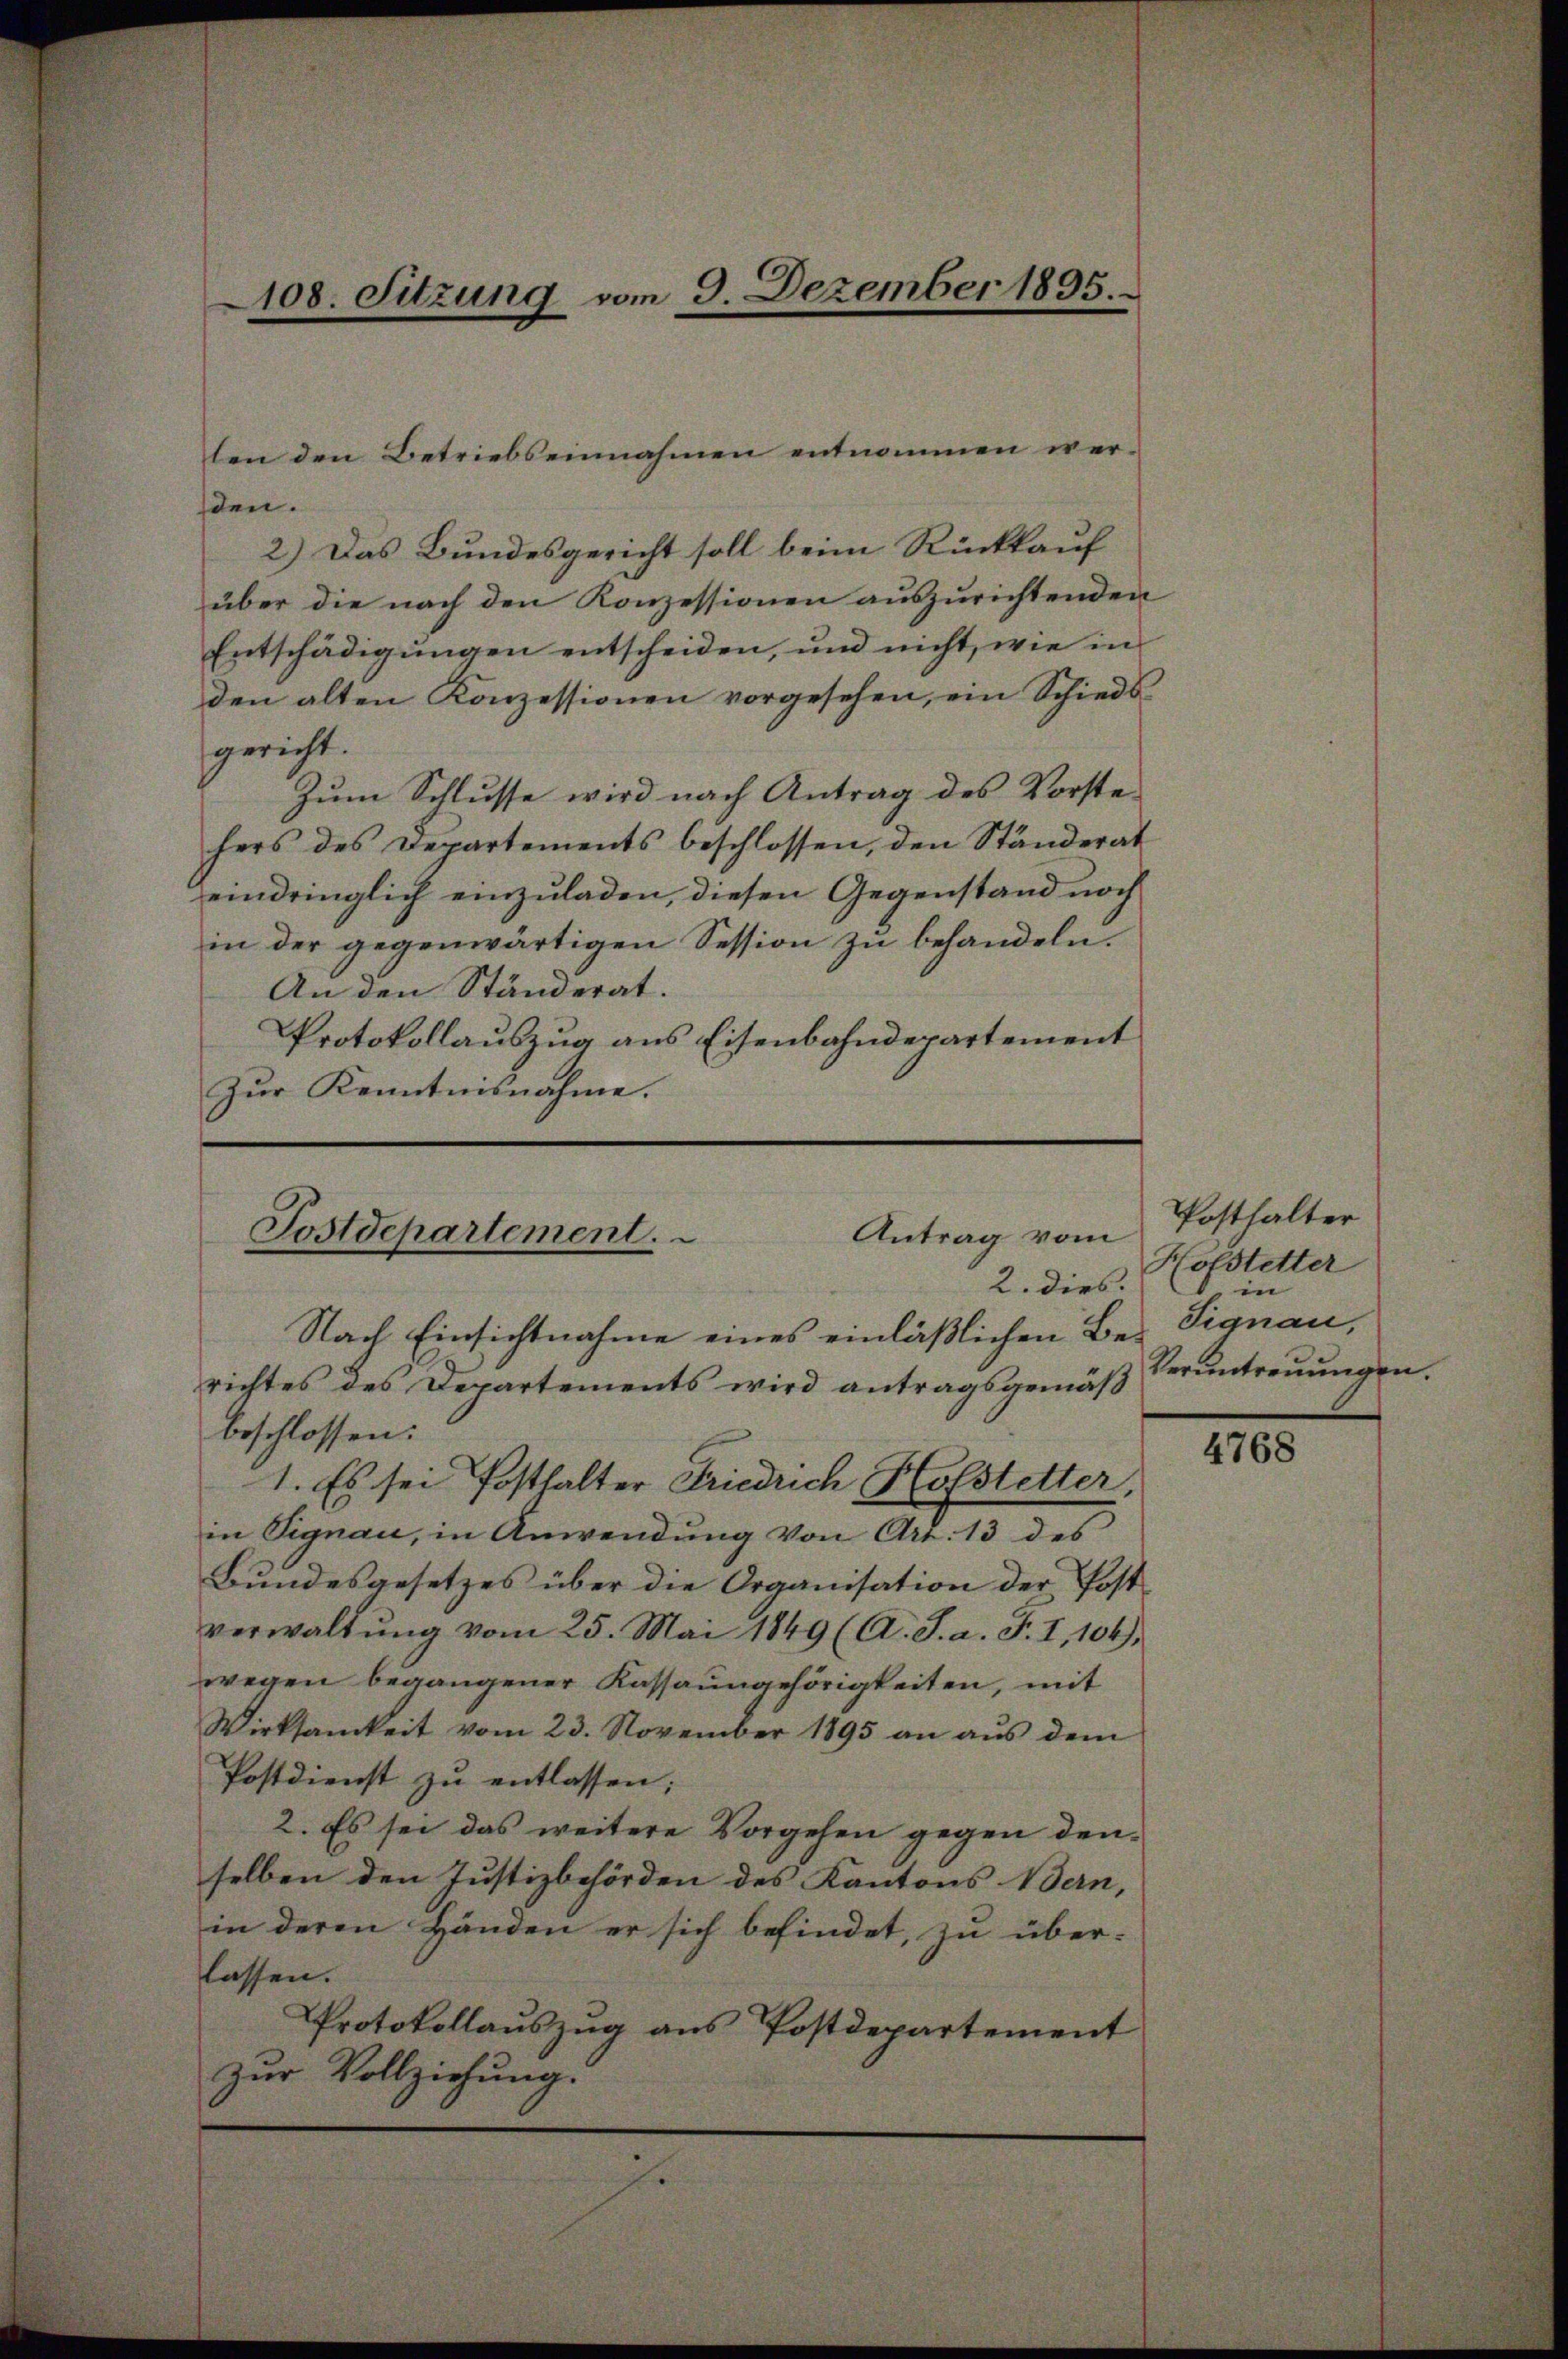
108. Sitzung vom 9. Dezember 1895.

sten.
2.) Das Bundesgericht soll beim Rückkauf
über die nach den Konzessionen auszurichtenden
Entschädigŭngen entscheiden, und nicht, wie in
den alten Konzessionen vorgesehen, ein Schiedsgericht.
Zŭm Schlŭsse wird nach Antrag des Vorste-
hers des Departements beschlossen, den Ständerat
eindringlich einzuladen, diesen Gegenstand noch
in der gegenwärtigen Session zŭ behandeln.
An den Ständerat.
Protokollauszug aus Eisenbahndepartement
Zur Kenntnisnahme.

Postdepartement.
Antrag vom
2. dies.
Nach Einsichtnahme eines einläßlichen Berichtes des Departements wird antragsgemäß

beschlossen:
1. Es sei Posthalter Friedrich Hofstetter,
in Signau, in Anwendung von Art. 13 des
Bundesgesetzes über die Organisation der Postverwaltŭng vom 25. Mai 1849 (A. J. a. F. I, 104),
wegen begangener Kassaungehörigkeiten, mit
Wirksamkeit vom 23. November 1895 an aŭs dem
Postdienst zu entlassen;
2. Es sei das weitere Vorgehen gegen denselben den Justizbehörden des Kantons Bern,
in deren Händen er sich befindet, zu über-
lassen.
Protokollauszug aus Postdepartement
zur Vollziehung.

ten den Betriebseinnahmen entnommen wer¬

e

Posthalter
Holstetter
 in
Signau,
Veruntreuungen.

4768